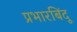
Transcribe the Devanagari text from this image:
प्रभारबिंदू